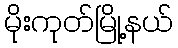
မိုးကုတ်မြို့နယ်